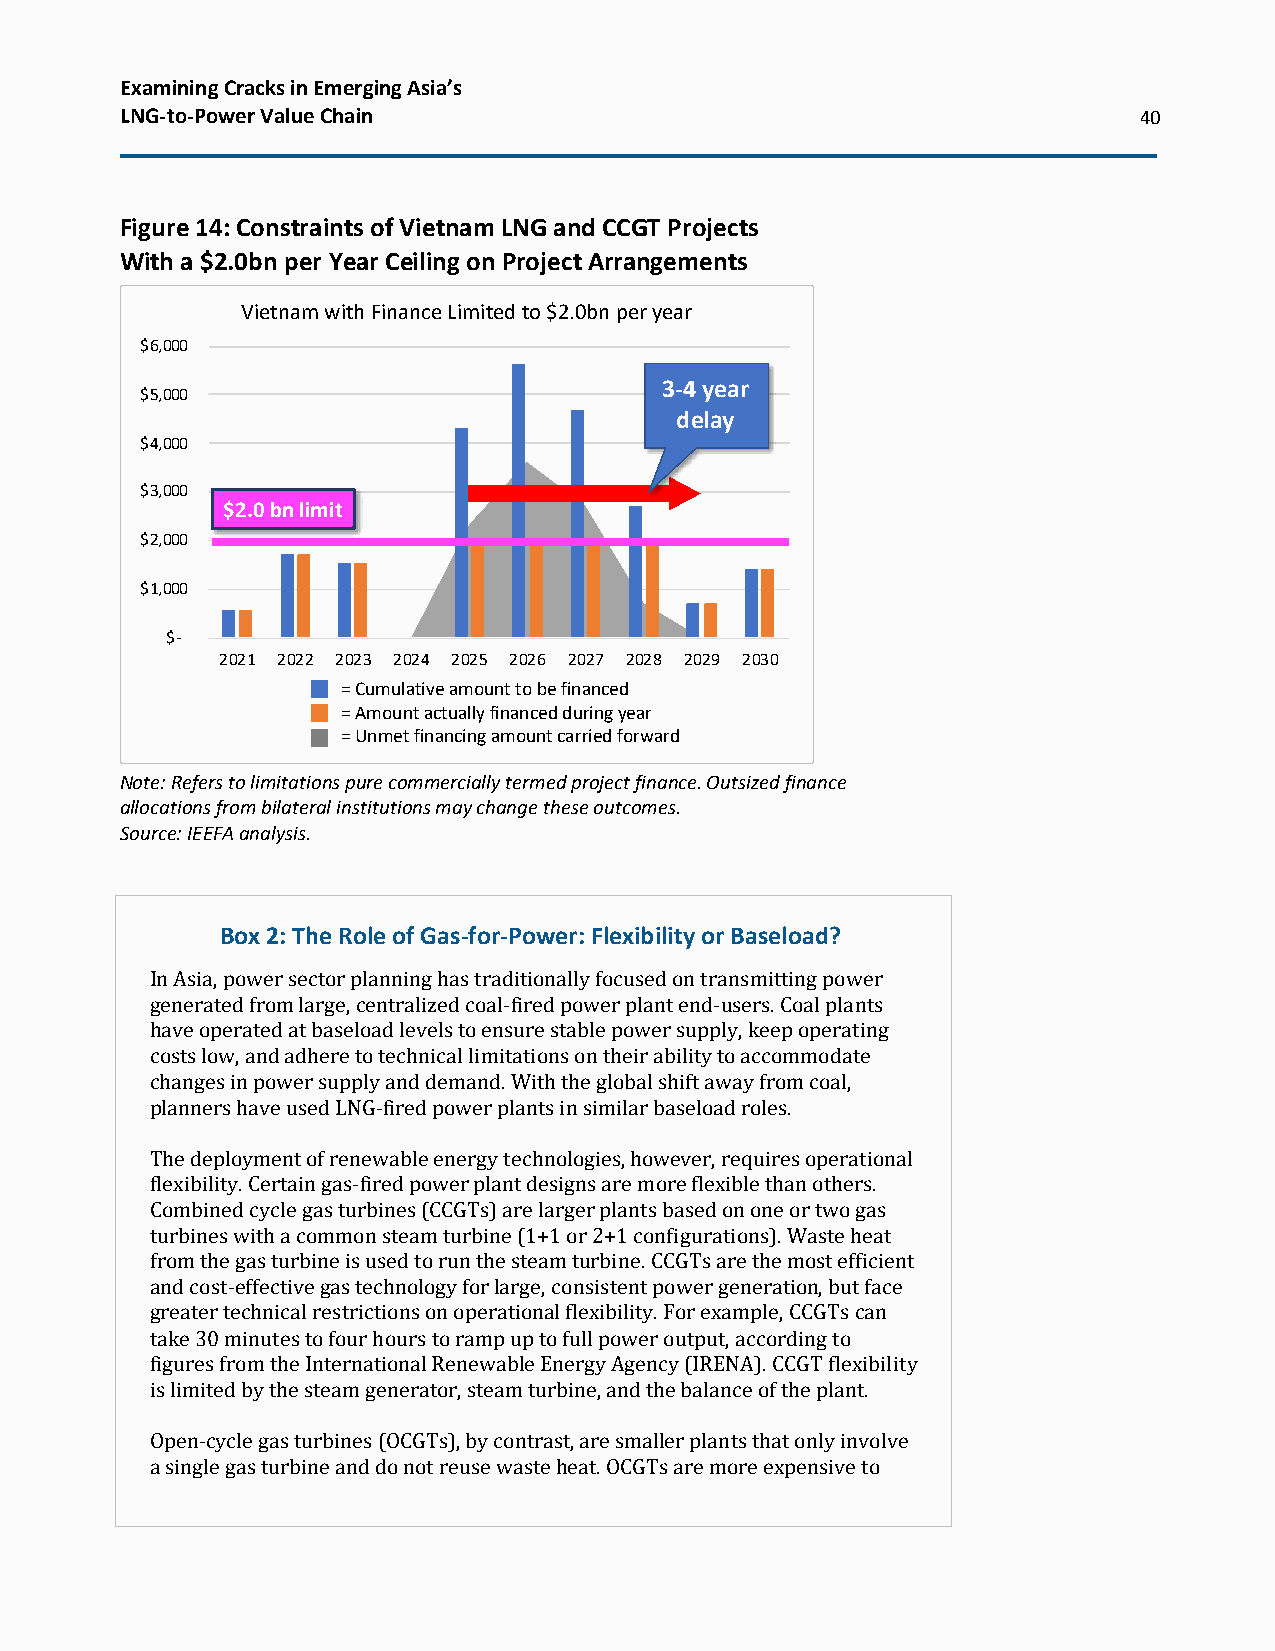
Examining Cracks in Emerging Asia’s
 LNG-to-Power Value Chain                                           40
 Figure 14: Constraints of Vietnam LNG and CCGT Projects
 With a $2.0bn per Year Ceiling on Project Arrangements
 Note: Refers to limitations pure commercially termed project finance. Outsized finance
 allocations from bilateral institutions may change these outcomes.
 Source: IEEFA analysis.
 Box 2: The Role of Gas-for-Power: Flexibility or Baseload?
 In Asia, power sector planning has traditionally focused on transmitting power
 generated from large, centralized coal-fired power plant end-users. Coal plants
 have operated at baseload levels to ensure stable power supply, keep operating
 costs low, and adhere to technical limitations on their ability to accommodate
 changes in power supply and demand. With the global shift away from coal,
 planners have used LNG-fired power plants in similar baseload roles.
 The deployment of renewable energy technologies, however, requires operational
 flexibility. Certain gas-fired power plant designs are more flexible than others.
 Combined cycle gas turbines (CCGTs) are larger plants based on one or two gas
 turbines with a common steam turbine (1+1 or 2+1 configurations). Waste heat
 from the gas turbine is used to run the steam turbine. CCGTs are the most efficient
 and cost-effective gas technology for large, consistent power generation, but face
 greater technical restrictions on operational flexibility. For example, CCGTs can
 take 30 minutes to four hours to ramp up to full power output, according to
 figures from the International Renewable Energy Agency (IRENA). CCGT flexibility
 is limited by the steam generator, steam turbine, and the balance of the plant.
 Open-cycle gas turbines (OCGTs), by contrast, are smaller plants that only involve
 a single gas turbine and do not reuse waste heat. OCGTs are more expensive to
 $
 $
 $
 $
 $
 $
 6
 5
 4
 3
 2
 1
 ,0 0 0
 ,0 0 0
 ,0 0 0
 ,0 0 0
 ,0 0 0
 ,0 0 0
 $ -
 U
 A
 n
 m
 V ie t n a m w it h F in a n c e
 $ 2 .0 b n lim it
 2 0 2 1 2 0 2 2 2 0 2 3 2 0 2 4
 = C u m u la t iv em
 e t F in a n c in g A m t C a rr ie d F o r w=
 A m o u n t a ct
 A c tu a lly F in a n c e d d u rin g Y e a r=
 U n m e t fin a
 L im it e d t o
 2 0 2 5 2 0 2
 a m o u n t t oa
 r d C u m u lat
 u a lly fin a n cn
 c in g a m o u
 $ 2 .0 b n p e r y
 6 2 0 2 7 2 0 2 8
 b e fin a n c e dt
 iv e A m t t o b e F ine
 d d u r in g y e a rn
 t c a r r ie d fo r w a
 e
 3
 a
 r
 a r
 - 4 yd
 e l
 2 0 2
 n c e d
 d
 ea
 9
 ay r
 2 0 3 0